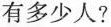
有多少人?